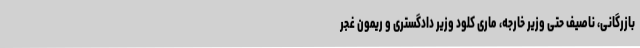
بازرگانی، ناصیف حتی وزیر خارجه، ماری کلود وزیر دادگستری و ریمون غجر